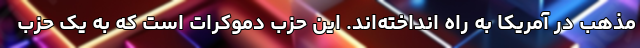
مذهب در آمریکا به راه انداخته‌اند. این حزب دموکرات است که به یک حزب